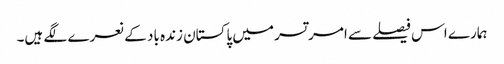
ہمارے اس فیصلے سے امرتسر میں پاکستان زندہ باد کے نعرے لگے ہیں۔